Notes on vaccination in the North-West Frontier Province 1923-1928 - 1923-1928
Year: 1923
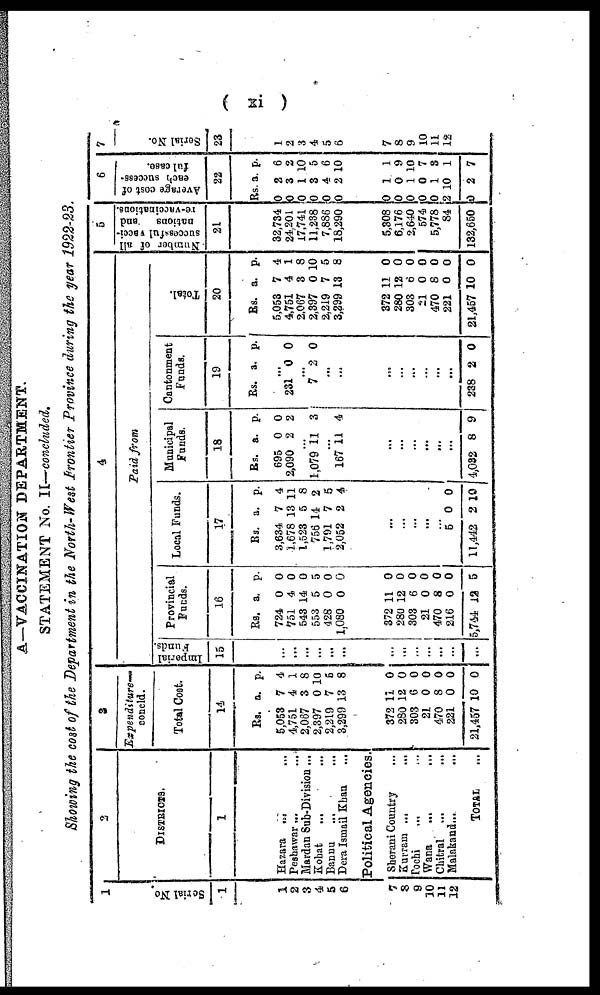
( xi )
A—VACCINATION DEPARTMENT.
STATEMENT No. II—concluded.
Showing the cost of the Department in the North-West Frontier Province during the year 1922-23.
1
Serial No
1
1
2
3
4
5
6
7
8
9
10
11
12
2
DISTRICTS.
1
Hazara ... ...
Peshawar ... ...
Mardan Sub-Division ...
Kohat
... ...
Bannu ... ...
Dera Ismail Khan ...
Political Agencies.
Sherani Country ...
Kurram ...
...
Tochi ... ...
Wana
...
...
Chitral ... ...
Malakand...
...
TOTAL ...
3
Expenditure—
concld.
Total Cost.
14
Rs.
5,053
4,751
2,067
2,397
2,219
3,299
a.
7
4
3
0
7
13
p.
4
1
8
10
5
8
372
280
303
21
470
221
21,457
11
12
6
0
8
0
10
0
0
0
0
0
0
0
4
Paid from
Imperial
Funds.
15
...
...
...
...
...
...
...
...
...
...
...
...
...
Provincial
Funds.
16
Rs.
724
751
543
553
428
1,080
a.
0
4
14
5
0
0
p.
0
0
0
5
0
0
372
280
303
21
470
216
5,744
11
12
6
0
8
0
12
0
0
0
0
0
0
5
Local Funds.
17
Rs.
3,634
1,678
1,523
756
1,791
2,052
a.
7
13
5
14
7
2
p.
4
11
8
2
5
4
...
...
...
...
...
5
11,442
0
2
0
10
Municipal
Funds.
18
Rs.
695
2,090
a.
0
2
p.
0
2
...
1,079 11 3
...
167 11 4
...
...
...
...
...
...
4,032 8 9
Cantonment
Funds.
19
Rs. a. p.
...
231 0 0
...
7 2 0
...
...
...
...
...
...
...
...
238 2 0
Total.
20
Rs.
5,053
4,751
2,067
2,397
2,219
3,299
a.
7
4
3
0
7
13
p.
4
1
8
10
5
8
372
280
303
21
470
221
21,457
11
12
6
0
8
0
10
0
0
0
0
0
0
0
5
Number of all
successful vacci¬
nations
and
re-vaccinations.
21
32,734
24,201
17,741
11,238
7,886
18,290
5,308
6,176
2,640
574
5,778
84
132,650
6
Average cost of
each success-
ful case.
22
Rs.
0
0
0
0
0
0
a.
2
3
1
3
4
2
p.
6
2
10
5
6
10
0
0
0
0
0
2
0
1
0
1
0
1
10
2
1
9
10
7
3
1
7
7
Serial No.
23
1
2
3
4
5
6
7
8
9
10
11
12